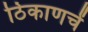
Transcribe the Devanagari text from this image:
ठिकाणचें